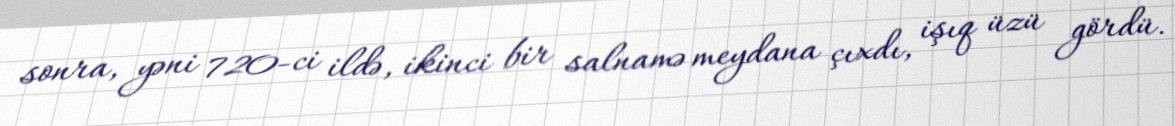
sonra, yəni 720-ci ildə, ikinci bir salnamə meydana çıxdı, işıq üzü gördü.